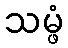
သမ္ဖံ